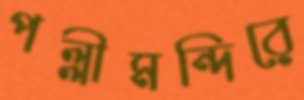
পল্লীমন্দিরে